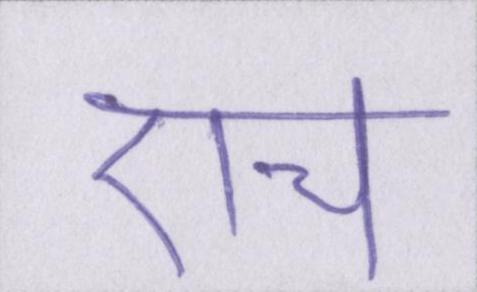
एच